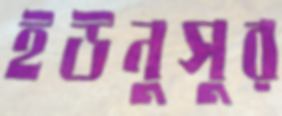
ইউনুসুর